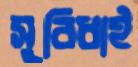
সুবিধাই